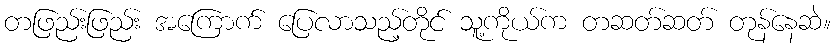
တဖြည်းဖြည်း အကြောက် ပြေလာသည့်တိုင် သူ့ကိုယ်က တဆတ်ဆတ် တုန်နေဆဲ။